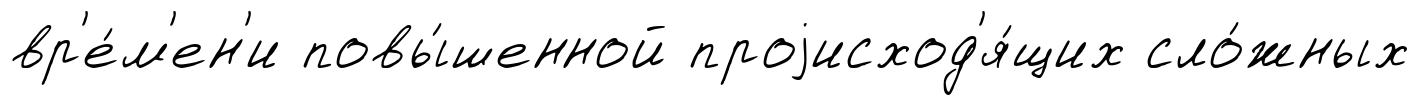
вр'е́м'ен'и повы́шенной проjисход'я́щих сло́жных